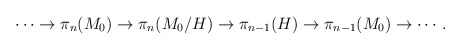
\begin{align*}\cdots \rightarrow \pi_{n} (M_{0}) \rightarrow \pi_{n} (M_{0}/H) \rightarrow \pi_{n-1} (H) \rightarrow \pi_{n-1} (M_{0}) \rightarrow \cdots.\end{align*}